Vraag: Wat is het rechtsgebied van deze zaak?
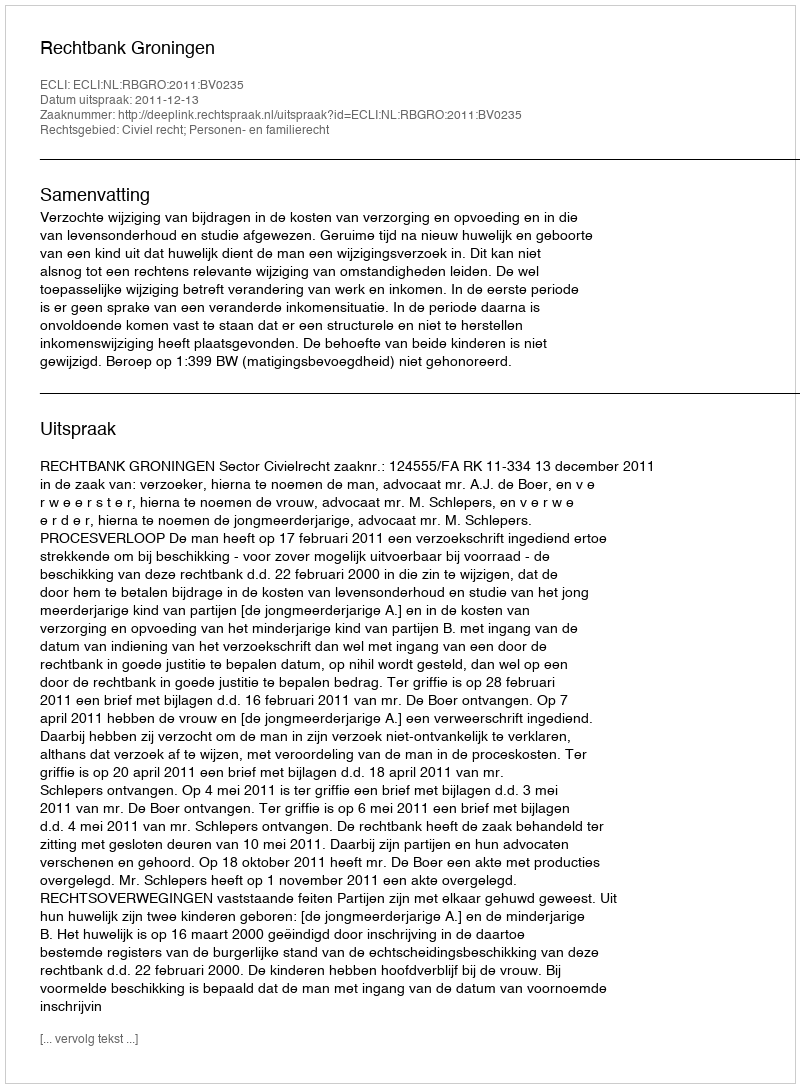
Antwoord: Civiel recht; Personen- en familierecht